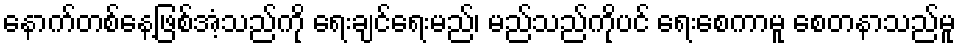
နောက်တစ်နေ့ဖြစ်အံ့သည်ကို ရေးချင်ရေးမည်၊ မည်သည်ကိုပင် ရေးစေကာမူ စေတနာသည်မူ